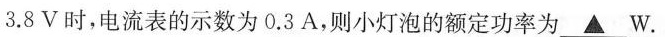
3.8V时，电流表的示数为0.3A，则小灯泡的额定功率为 \underline{▲}W.